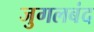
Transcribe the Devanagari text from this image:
जुगलबंद